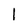
Character: l